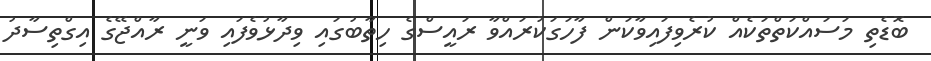
ބޮޑެތި މަސައްކަތްތަކެއް ކުރެވިފައިވާކަން ފާހަގަކުރައްވާ ރައީސްގެ ހިތާބުގައި ވިދާޅުވެފައި ވަނީ ރާއްޖޭގެ އިގްތިސާދު